Madras plague regulations in force outside the Presidency town - Volume 3
Disease focus: Plague
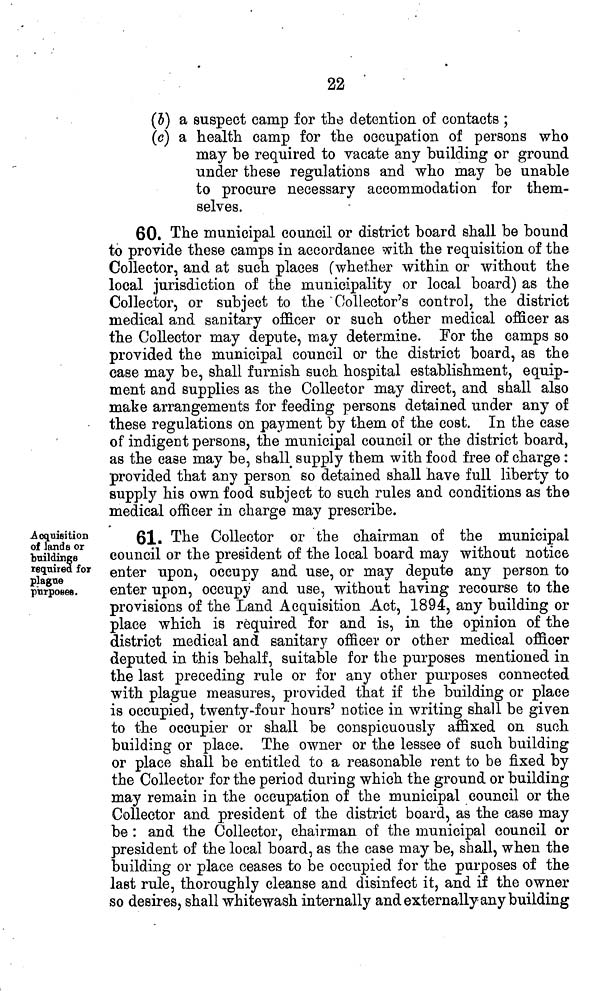
22
(5) a suspect camp for the detention of contacts ;
(c) a health camp for the occupation of persons who
may be required to vacate any building or ground
under these regulations and who may be unable
to procure necessary accommodation for them-
selves.
60. The municipal council or district board shall be bound
to provide these camps in accordance with the requisition of the
Collector, and at such places (whether within or without the
local jurisdiction of the municipality or local board) as the
Collector, or subject to the Collector's control, the district
medical and sanitary officer or such other medical officer as
the Collector may depute, may determine. For the camps so
provided the municipal council or the district board, as the
case may be, shall furnish such hospital establishment, equip-
ment and supplies as the Collector may direct, and shall also
make arrangements for feeding persons detained under any of
these regulations on payment by them of the cost. In the case
of indigent persons, the municipal council or the district board,
as the case may be, shall supply them with food free of charge :
provided that any person so detained shall have full liberty to
supply his own food subject to such rules and conditions as the
medical officer in charge may prescribe.
Acquisition
of lands or
buiddings
required for
plague
purposes.
61. The Collector or the chairman of the municipal
council or the president of the local board may without notice
enter upon, occupy and use, or may depute any person to
enter upon, occupy and use, without having recourse to the
provisions of the Land Acquisition Act, 1894, any building or
place which is required for and is, in the opinion of the
district medical and sanitary officer or other medical officer
deputed in this behalf, suitable for the purposes mentioned in
the last preceding rule or for any other purposes connected
with plague measures, provided that if the building or place
is occupied, twenty-four hours' notice in writing shall be given
to the occupier or shall be conspicuously affixed on such
building or place. The owner or the lessee of such building
or place shall be entitled to a reasonable rent to be fixed by
the Collector for the period during which the ground or building
may remain in the occupation of the municipal council or the
Collector and president of the district board, as the case may
be : and the Collector, chairman of the municipal council or
president of the local board, as the case may be, shall, when the
building or place ceases to be occupied for the purposes of the
last rule, thoroughly cleanse and disinfect it, and if the owner
so desires, shall whitewash internally and externally any building